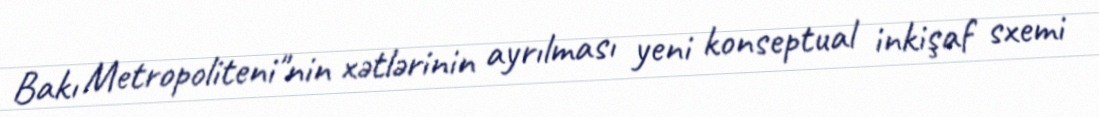
Bakı Metropoliteni"nin xətlərinin ayrılması yeni konseptual inkişaf sxemi